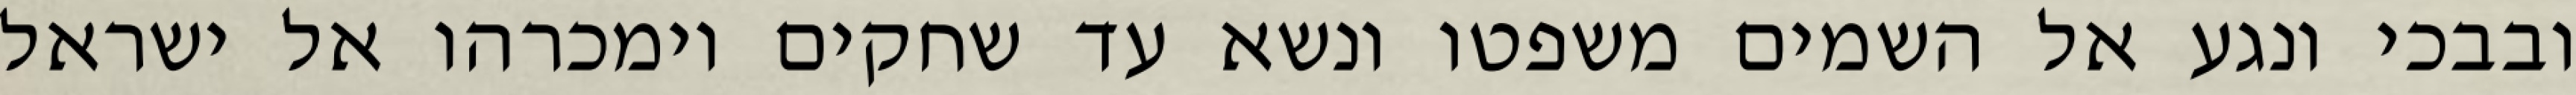
ובבכי ונגע אל השמים משפטו ונשא עד שחקים וימכרהו אל ישראל